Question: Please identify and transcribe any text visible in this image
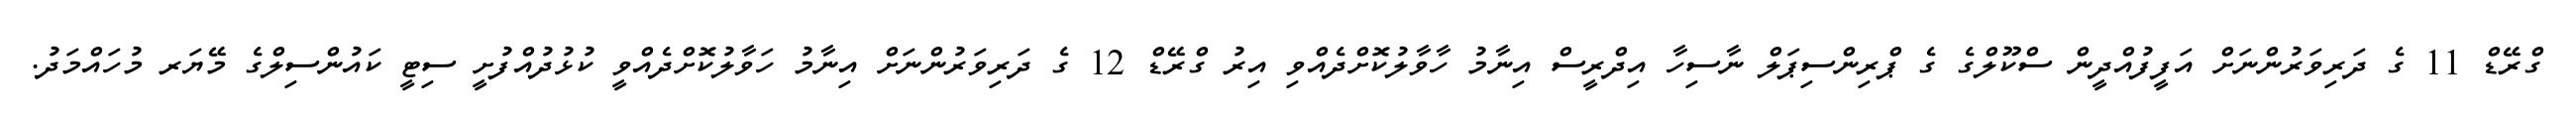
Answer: ގްރޭޑް 11 ގެ ދަރިވަރުންނަށް އަފީފުއްދީން ސްކޫލްގެ ގެ ޕްރިންސިޕަލް ނާސިހާ އިދްރީސް އިނާމު ހާވާލުކޮށްދެއްވި އިރު ގްރޭޑް 12 ގެ ދަރިވަރުންނަށް އިނާމު ހަވާލުކޮށްދެއްވީ ކުޅުދުއްފުށީ ސިޓީ ކައުންސިލްގެ މޭޔަރ މުހައްމަދު.